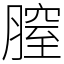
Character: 膣